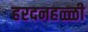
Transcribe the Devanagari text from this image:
हरदनहळ्ळी